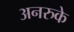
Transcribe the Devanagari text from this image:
अनरुके